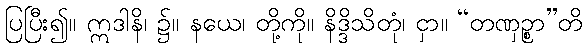
ပြပြီး၍။ ဣဒါနိ၊ ၌။ နယေ၊ တို့ကို။ နိဒ္ဒိသိတုံ၊ ငှာ။ “တဏှဉ္စာ”တိ